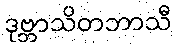
ဒုဗ္ဘာသိတဘာသီ